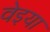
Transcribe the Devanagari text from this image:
वेइया